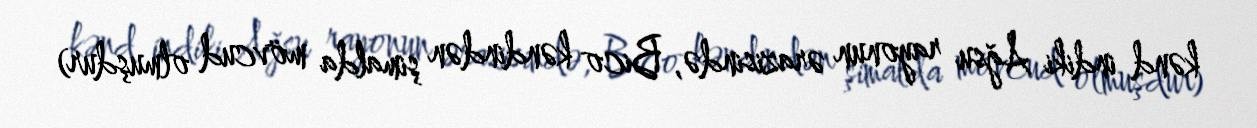
kənd indiki Ağsu rayonun ərazisində, Bico kəndindən şimalda mövcud olmuşdur)